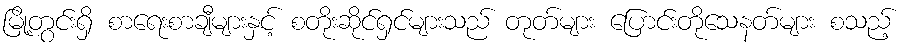
မြို့တွင်းရှိ စာရေးစာချီများနှင့် စတိုးဆိုင်ရှင်များသည် တုတ်များ ပြောင်းတိုသေနတ်များ စသည့်